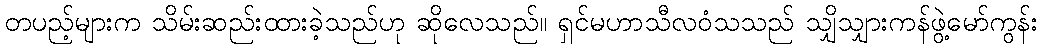
တပည့်များက သိမ်းဆည်းထားခဲ့သည်ဟု ဆိုလေသည်။ ရှင်မဟာသီလဝံသသည် သျှိသျှားကန်ဖွဲ့မော်ကွန်း